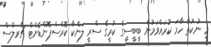
މި ނުކުތާ ހާމަ ކުރައްވަމުން ބީބީސީގެ ކުރީގެ ސްރީ ލަންކާ ކޮރެސްޕޮންޑެންޓް ޗާރލްސް